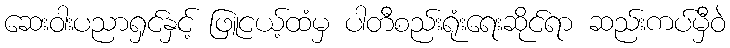
ဆေးဝါးပညာရှင်နှင့် ဖြူငယ့်ထံမှ ပါတီစည်းရုံးရေးဆိုင်ရာ ဆည်းကပ်မှီဝဲ